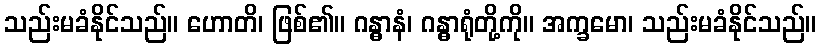
သည်းမခံနိုင်သည်။ ဟောတိ၊ ဖြစ်၏။ ဂန္ဓာနံ၊ ဂန္ဓာရုံတို့ကို။ အက္ခမော၊ သည်းမခံနိုင်သည်။